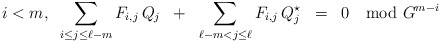
\begin{align*} i < m, \;\; \sum_{i\le j\le \ell -m} F_{i,j}\, Q_j \;\;+\;\; \sum_{\ell - m < j \le\ell} F_{i,j}\, Q^{\star}_j\;\;=\;\; 0 \mod G^{m-i}\end{align*}